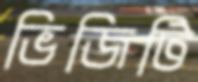
ভিজিটি